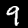
Digit: 9